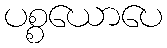
ပစ္စယောပေ